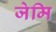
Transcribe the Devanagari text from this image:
जेमि